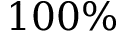
1 0 0 \%